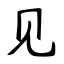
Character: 见